Vital statistics of India. Vol. IV, Annual returns from 1871 to 1876. British Army of India, Native Army and jails of Bengal
Year: 1871
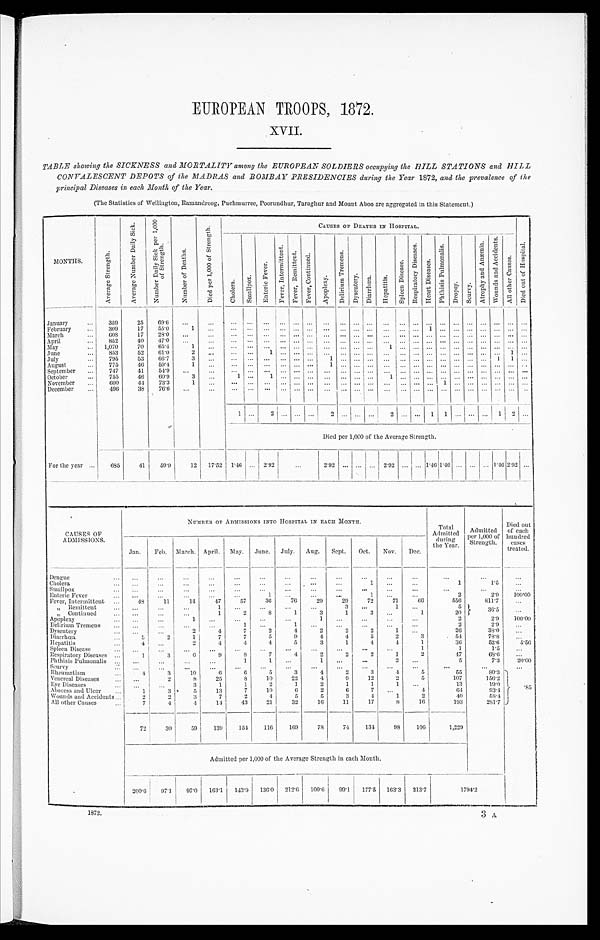
EUROPEAN TROOPS, 1872.
XVII.
TABLE showing the SICKNESS and MORTALITY among the EUROPEAN SOLDIERS occupying the HILL STATIONS and HILL
CONVALESCENT DEPOTS of the MADRAS and BOMBAY PRESIDENCIES during the Year 1872, and the prevalence of the
principal Diseases in each Month of the Year.
(The Statisties of Wellington, Ramandroog, Puchmurree, Poorundhur, Taraghur and Mount Aboo are aggregated in this Statement.)
M O N T H S .
A v e r a g e S t r e n g t h .
A v e r a g e N u m b e r D a i l y S i c k .
N u m b e r D a i l y S i c k p e r 1 , 0 0 0
o f S t r e n g t h .
N u m b e r o f D e a t h s .
D i e d p e r 1 , 0 0 0 o f S t r e n g t h .
CAUSES OF DEATHS IN HOSPITAL.
D i e d o u t o f H o s p i t a l .
C h o l e r a .
S m a l l p o x .
E n t e r i c F e v e r .
F e v e r , I n t e r m i t t e n t .
F e v e r , R e m i t t e n t .
F e v e r , C o n t i n u e d .
A p o p l e x y .
D e l i r i u m T r e m e n s .
D y s e n t e r y .
Diarrhœa.
H e p a t i t i s .
S p l e e n D i s e a s e .
R e s p i r a t o r y D i s e a s e s .
H e a r t D i s e a s e s .
P h t h i s i s P u l m o n a l i s .
D r o p s y .
S c u r v y .
A t r o p h y a n d A n æ m i a . W o u n d s a n d A c c i d e n t s .
A l l o t h e r C a u s e s .
January
...
359
25
69.6 ...
...
...
. . . ... ... ... ... ... ... ...
. . . ... ...
...
... ...
...
... ...
. . .
...
...
...
...
...
February
...
309
17
55.0
1 ... ...
. . . . . . ... . . . ...
. . . ... ...
. . .
... ... ... 1 ... ... ... ......... . . .
March
...
608
17
28.0 ...
... ... . . . ... ... ... ... ... ... ... ... ... ... ... ... ... ...
. . . ... ... ...
. . .
April
...
852
40
4 7 . 0
. . .
... ... ... ... ... ... ... ... ... . . . ... ... ... ... . . . ... ... ... ... ...... ...
May
1,070
70
6 5 . 4
1 ...
... ... ... ... ... .. . . . ... ... ... 1 ... ... ... ... ... ... ... ... ... ...
June
...
853
52
6 1 . 0
2
. . .
... ...
1
... . . . ... ...... . . . ... ... ...... . . . ... ... ... ... ...
1 . . .
July
795
53 66.7
3 ...
... ... ... ... ... ...
1 ... ... . . . ... ... ...
. . . ...... ... ... 1 1
. . .
August
...
775
46
59.4
1 ...
... ... ... ... ... ... 1 ... ... ... ... ... ... . . . ... ... . . . ... ... ...
. . .
September ...
747
41
5 4 . 9 ...
...
... . . . ...... ... ... ... ... ... ... ... ... ... ... ... ... ... ... ... ... ...
October
755
46 60.9
3
... 1 ...
1 ... ... ...
. . . ... ... ...
1 ... ... ... ... ... ... ... ... ... ...
November ...
600
4 4 73.3
1 ...
... ...
... ... ... ... ... ... ... ... ... ... ...
. . . 1 ... ... ......... . . .
December
...
496
38
76.6 ...
...
... ...
... ... ... ... ... ... ... ... ...
. . . . . . . . . ... ... ... ... ... ... . . .
1 ... 2 ... . . .
... 2
... . . . .
...2
. . .
... 1 1
. . .
. . . ...1 2 . . .
Died per 1,000 of the Average Strength.
For the year ...
685
41
59.9
12
17.52 1.46
. . . 2.92 ...
2.92 ... ... ... 2.92 ... ... 1.46 1.46 ... ... ... 1.46 2.92 ...
CAUSES OF
ADMISSIONS.
N U M B E R O F A D M I S S I O N S I N T O H O S P I T A L I N E A C H M O N T H .
Total
Admitted
durin
g the Year.
Admitted
per 1,000 of
Strength.
Died out
of each
hundred
cases
treated.
Jan. Feb. March. April. May. June. July. Aug. Sept. Oct. Nov. Dec.
Dengue ...
. . . ...
. . . ...
...
...
. . . ...
. . . ...
. . .
. . . ...
. . .
. . .
Cholera ...
. . . ...
...
...
...
...
... . ...
...
1
. . .
. . .
1
1.5
. . .
Smallpox ... ...
. . .
...
. . .
. . .
. . . ...
. . .
. . . ...
...
...
. . .
. . .
. . .
Enteric Fever ...
...
. . .
. . .
. . . ...
1
. . . ...
...
1 ...
...
2
2.9
100.00
Fever, Intermittent ...
48
11
14
47
57
36
76
29
29
72
71
66
556
811.7
. . .
„
Remittent ...
. . .
. . .
. . .
1 ...
. . .
. . .
. . .
3 ...
1
. . .
5
36. 5
. . .
„ Continued
...
...
...
1
2
8
1
3
1
3 ...
1
20
Apoplexy ...
...
. . .
1
. . . ...
...
...
1
...
...
...
...
2
2.9
100.00
Delirium Tremens
...
...
. . . ...
. . .
1
. . .
1
. . . ...
. . . ...
...
2
2.9
. . .
Dysentery ...
. . . ...
2
4
7
2
4
2
2
2
1
. . .
26
38.0
D i a r r h œ a . . .
5
2
1
7
7
5
9
4
4
5
2
3
54
78.8
. . .
Hepatitis
... 4
. . .
2
4
4
4
5
3
1
4
4
1
36
52.0
5 . 5 8
Spleen Disease ...
. . .
. . . ...
...
...
. . .
. . . ...
...
...
...
1
1
1.5
. . .
Respiratory Diseases ...
1
3
6
9
8
7
4
2
2
2
1
2
47
68.6
...
Phthisis Pulmonalis ...
. . . ...
. . .
. . .
1
1
. . .
1 ...
...
2
. . .
5
7.3
20.00
Scurvy ...
... ...
...
. . .
. . .
. . . . . .
. . .
. . .
. . . ...
. . .
...
. . .
. . .
Rheumatism ...
4
3 10
6
6
5
3
4
2
3
4
5
55
80.3
.85
Venereal Diseases
...
. . .
2
8
25
8
10
22
4
9
12
2
5
107
156.2
Eve Diseases ...
. . .
. . .
3
1
1
2
1
2
1
1
1
. . .
13
19.0
Abscess and Ulcer ...
1
3
5
13
7
10
6
2
6
7
. . .
4
64
93.4
Wounds and Accidents ...
2
2
3
7
2
4
5
5
3
4
1
2
40
58.4
All other Causes ...
7
4
4
14
43
21
32
16
11
17
8
16
193
281.7
72
30
59
139
154
116
169
78
74
134
98
100
1,229
Admitted per 1,000 of the Average Strength in each Month.
200.6 9 7 . 1
97.0 163.1 143.9 136.0 212.6 100.6 99.1 177.5 163.3 213.7
1794.2
1872.
3 A